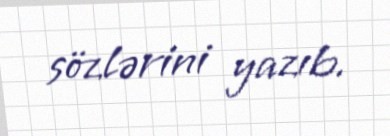
sözlərini yazıb.